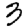
Digit: 3